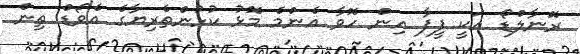
ރޮނާލްޑޯ އަކީ ފީފާ އިން ހޮވާ އެންމެ މޮޅު ކުޅުންތެރިޔާގެ އެވޯޑް ތިން